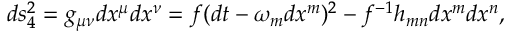
d s _ { 4 } ^ { 2 } = g _ { \mu \nu } d x ^ { \mu } d x ^ { \nu } = f ( d t - \omega _ { m } d x ^ { m } ) ^ { 2 } - f ^ { - 1 } h _ { m n } d x ^ { m } d x ^ { n } ,